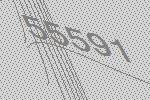
55591